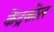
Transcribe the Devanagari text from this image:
केंद्रकील